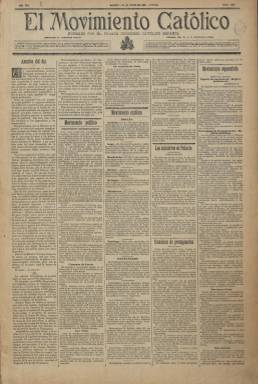
Título: El Movimiento católico
Colección: Periódicos
Ámbito geográfico: Madrid
Lugar de publicación: Madrid
Fechas: 20/06/1895-05/10/1897

Diario fundado por el obispo Sancha y Hervás, promotor del primer Congreso Católico Español celebrado en Madrid en 1889, aspiraba a servir de nexo de unión de las distintas corrientes católicas, divididas en torno a la cuestión dinástica o la libertad de cultos, para hacer frente al republicanismo y el laicismo. Su posición doctrinal era la del Vaticano, tendente a encontrar un marco de convivencia de la Iglesia con el liberalismo, lo que se conoció como posibilismo.

   Su director, Valentín Gómez, que había dirigido el principal periódico tradicionalista durante la última guerra carlista, fundó luego la Unión Católica junto con Alejandro Pidal con el objetivo de adherir al régimen de la Restauración a los carlistas.

   De cuatro páginas, la última destinada a anuncios, y compuesto a cinco columnas, El Movimiento católico daba prioridad obviamente a la información proveniente de la Iglesia, tanto del Papa León XIII como de los obispos, españoles y extranjeros, e incluía también folletines de ideología conservadora como la novela Doña Blanca de Navarra, del escritor y político tradicionalista Francisco Navarro Villoslada.

   El periódico, que no salía los domingos, dedicaba espacio a la información política tanto interior como del exterior. La guerra de Cuba fue uno de sus temas recurrentes y, al igual que otros diarios, mantuvo una posición de defensa del honor patriótico y de desprecio a Estados Unidos por su apoyo a los rebeldes cubanos. Aunque cuando mayor difusión alcanzó fue con otra guerra, la de Melilla, llamada también del Margallo o Primera guerra del Rif, entre 1893-94.

   El diario desapareció antes del desastre del 98. Su último número, de 5 de octubre de 1897, consta sólo de dos páginas, la primera es un artículo del director a toda página con el título: “Nuestra despedida”, y la segunda está dedicada a publicidad y a los números de la lotería.

   En esta despedida, Valentín Gómez explica las causas de la desaparición del periódico lamentando la “lucha fratricida” que le había impedido lograr su fin último: la unión de los católicos. Sus palabras son un buen diagnóstico de la situación de una buena parte del catolicismo español de finales del siglo XIX, reacio a seguir las directrices del Papa en cuanto a la necesidad de que los católicos mantuvieran una posición de respeto hacia el poder político constituido.

  Con amarga ironía, escribe: “…Hoy por hoy, el Papa León XIII no tiene más contrariedades –íbamos a decir más enemigos- que las que le proporcionan sus amantes hijos”, aludiendo a los ataques que el diario que dirigía había recibido de los periódicos carlistas y ultracatólicos: el Siglo Futuro, la Fe o El Correo español y que habían provocado el fracaso de los congresos de unión y la falta de apoyo económico al darse de baja muchos suscriptores de El Movimiento católico.

[Descripción publicada el 10/09/2018]